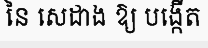
នៃ សេដាង ឱ្យ បង្កើត